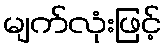
မျက်လုံးဖြင့်